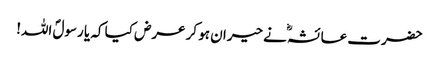
حضرت عائشہؓ نے حیران ہو کر عرض کیا کہ یا رسولؐ اللہ!